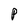
Character: P